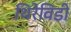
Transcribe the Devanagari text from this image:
थिरेविडी